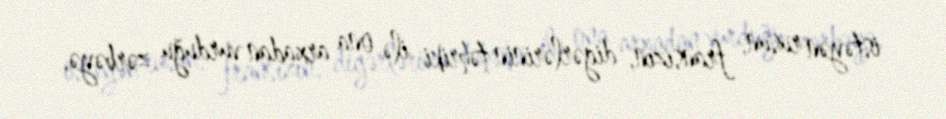
istəyən rusun, fransızın, digərlərinin təhriki ilə ona arxadan vurduğu zərbəyə,